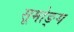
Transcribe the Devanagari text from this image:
सूमोङ्ग